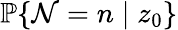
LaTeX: \mathbb{P}\{ \mathcal{N}=n\mid z_{0}\}